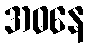
အဓနေ